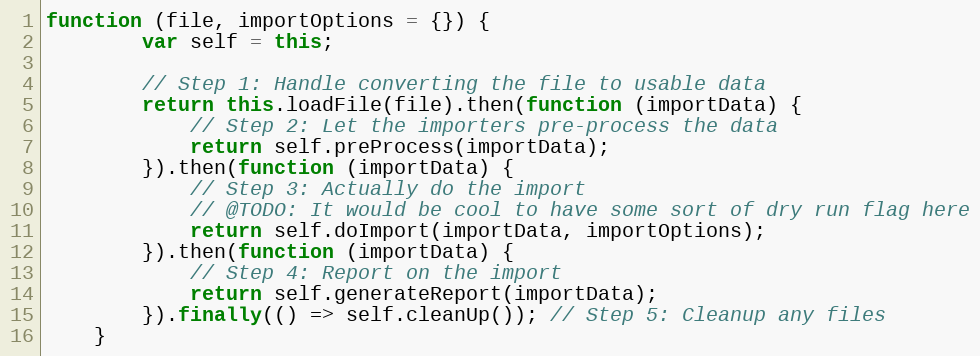
Language: JavaScript
function (file, importOptions = {}) {
        var self = this;

        // Step 1: Handle converting the file to usable data
        return this.loadFile(file).then(function (importData) {
            // Step 2: Let the importers pre-process the data
            return self.preProcess(importData);
        }).then(function (importData) {
            // Step 3: Actually do the import
            // @TODO: It would be cool to have some sort of dry run flag here
            return self.doImport(importData, importOptions);
        }).then(function (importData) {
            // Step 4: Report on the import
            return self.generateReport(importData);
        }).finally(() => self.cleanUp()); // Step 5: Cleanup any files
    }